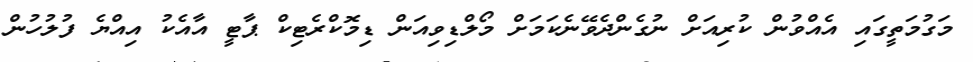
މަގުމަތީގައި އެއްވުން ކުރިއަށް ނުގެންދެވޭނެކަމަށް މޯލްޑިވިއަން ޑިމޮކްރެޓިކް ޕާޓީ އާއެކު އިއްޔެ ފުލުހުން